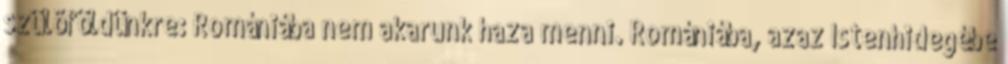
szülõföldünkre: Romániába nem akarunk haza menni. Romániába, azaz Istenhidegébe